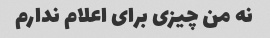
نه من چیزی برای اعلام ندارم